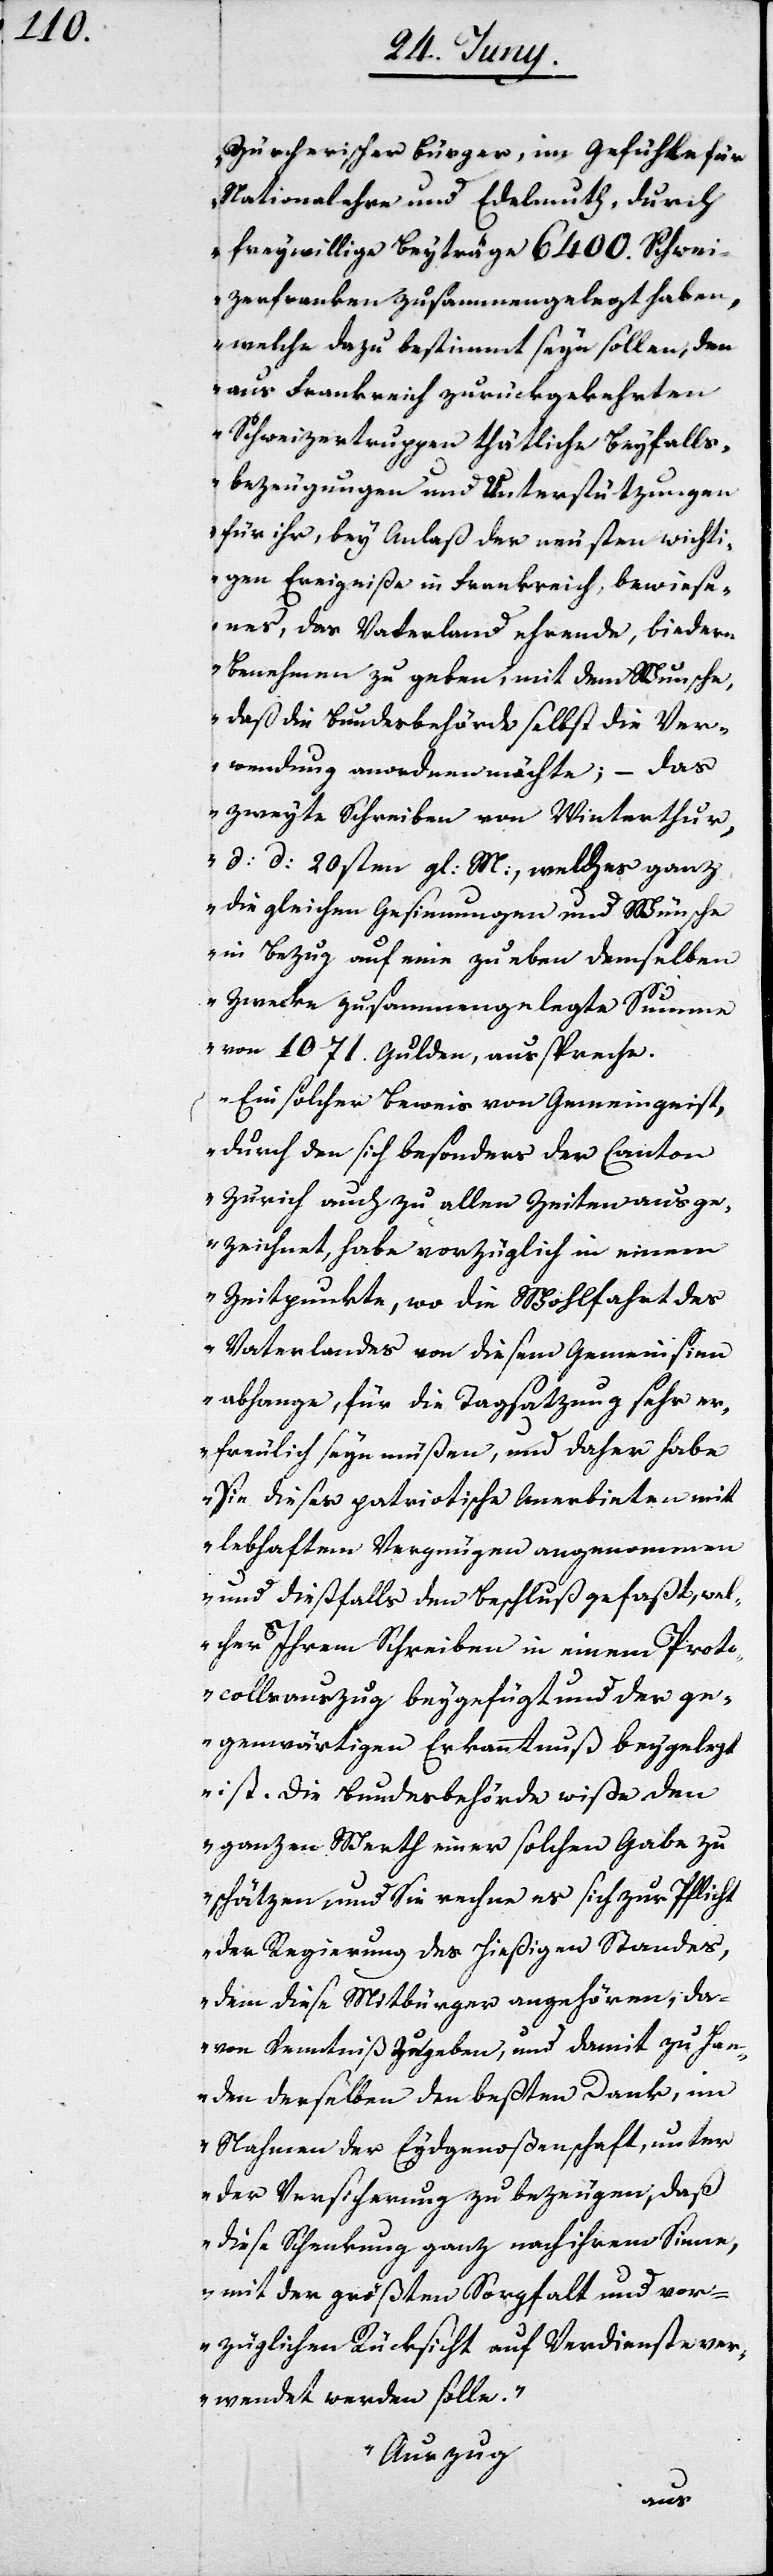
erischer [sic!] Bürger, im Gefühle für
Nationalehre und Edelmuth, durch
freywillige Beyträge 6400. Schwei¬
zerfranken zusammengelegt haben,
welche dazu bestimmt seyn sollen, den
aus Frankreich zurückgekehrten
Schweizertruppen thätliche Beyfalls¬
bezeugungen und Unterstützungen
für ihr, bey Anlaß der neusten wichti¬
gen Ereigniße in Frankreich, bewiese¬
nes, das Vaterland ehrende, biedere
Benehmen zu geben, mit dem Wunsche,
daß die Bundesbehörde selbst die Ver¬
wendung anordnen möchte; – das
zweyte Schreiben von Winterthur,
d: d: 20sten gl: M:, welches ganz
die gleichen Gesinnungen und Wünsche
in Bezug auf eine zu eben demselben
Zwecke zusammengelegte Summe
von 1071. Gulden, ausspreche.
Ein solcher Beweis von Gemeingeist,
durch den sich besonders der Canton
Zürich auch zu allen Zeiten ausge¬
zeichnet, habe vorzüglich in einem
Zeitpunkte, wo die Wohlfahrt des
Vaterlandes von diesem Gemeinsinn
abhange, für die Tagsatzung sehr er¬
freulich seyn müßen, und daher habe
Sie dieses patriotische Anerbieten mit
lebhaftem Vergnügen angenommen
und diesfalls den Beschluß gefaßt, wel¬
cher Ihrem Schreiben in einem Proto¬
collsauszug beigefügt und der ge¬
genwärtigen Erkanntnuß beigelegt
ist. Die Bundesbehörde wiße den
ganzen Werth einer solchen Gabe zu
schätzen und Sie rechne es sich zur Pflicht
der Regierung des hießigen Standes,
dem diese Mitbürger angehören, da¬
von Kenntniß zu geben, und damit zu Han¬
den derselben den besten Dank, im
Nahmen der Eydgenoßenschaft, unter
der Versicherung zu bezeugen, daß
diese Schenkung ganz nach ihrem Sinne,
mit der größten Sorgfalt und vor¬
züglichen Rücksicht auf Verdienst ver¬
wendet werden solle.
„Auszug
Zürch¬